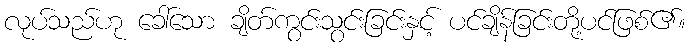
လုပ်သည်ဟု ခေါ်သော ချိတ်ကွင်းသွင်းခြင်းနှင့် ပင်ချိန်ခြင်းတို့ပင်ဖြစ်၏။